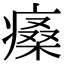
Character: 𤸯